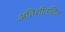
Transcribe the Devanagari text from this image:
अतिशीतलित